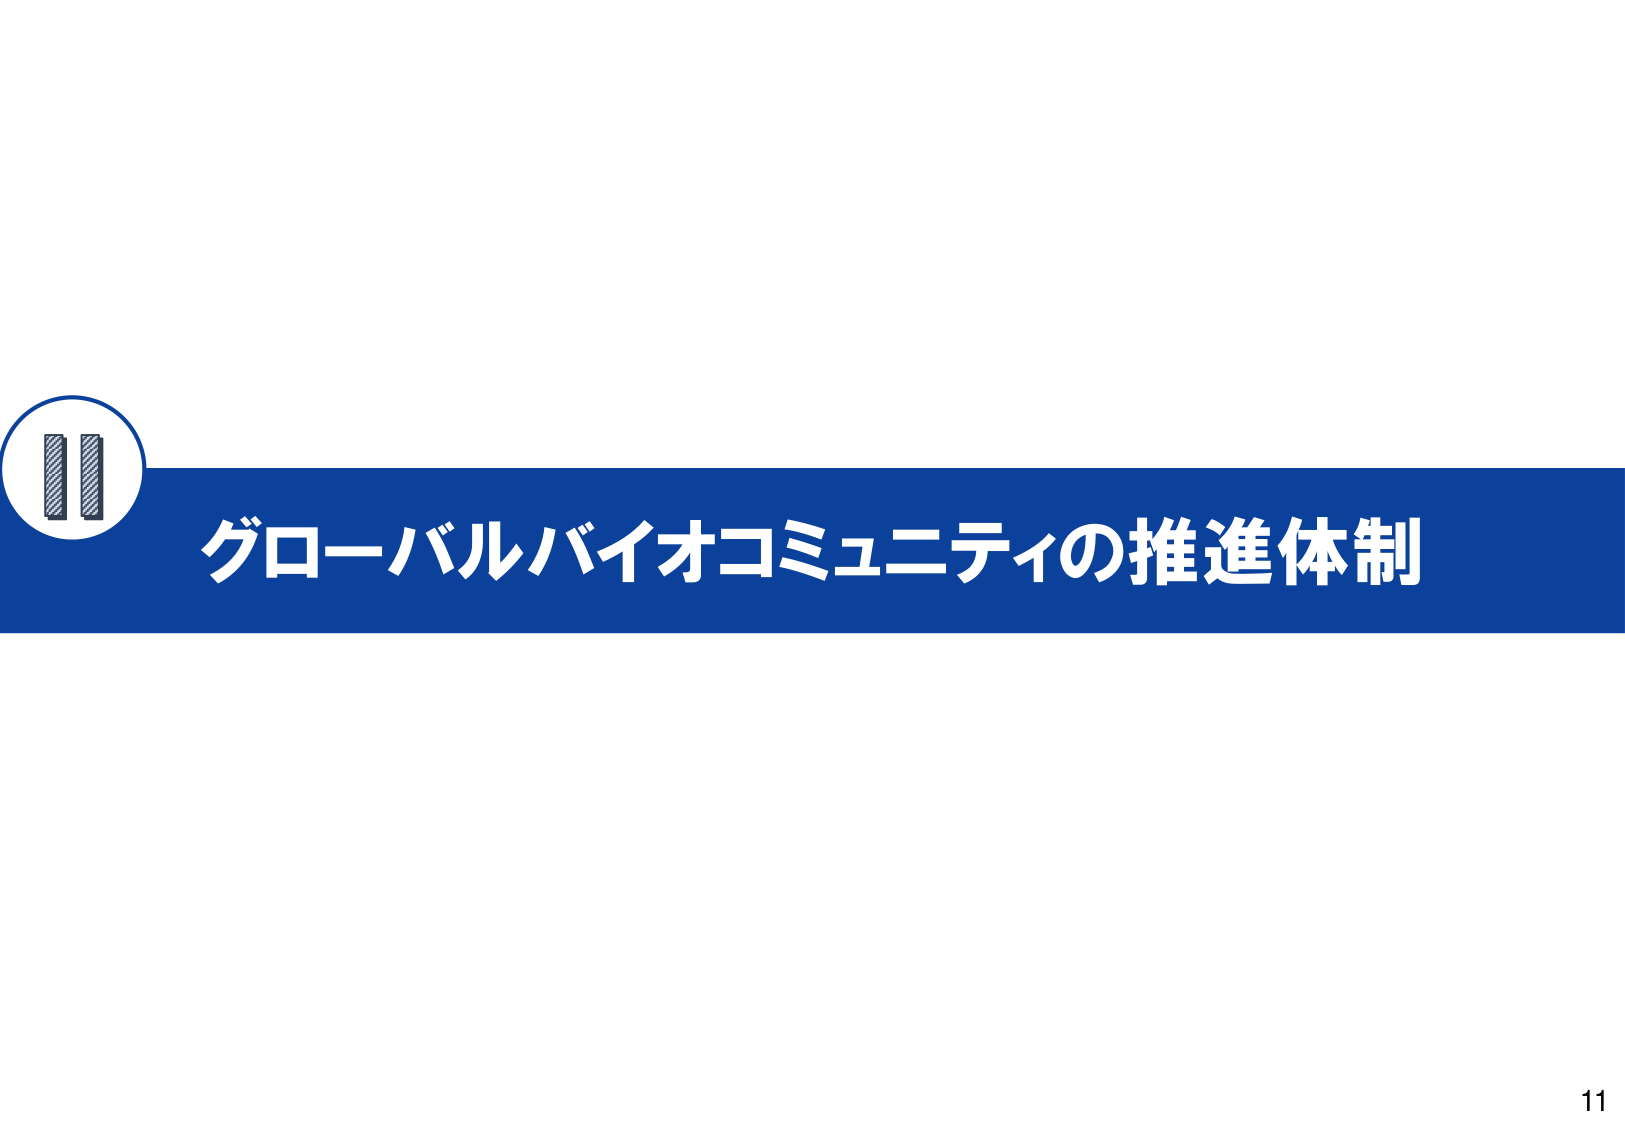
グローバルバイオコミュニティの推進体制
11